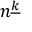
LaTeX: n ^ { \underline { { k } } }